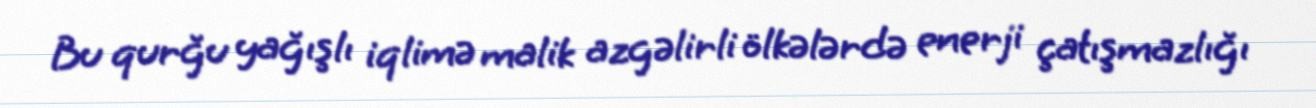
Bu qurğu yağışlı iqlimə malik azgəlirli ölkələrdə enerji çatışmazlığı